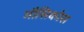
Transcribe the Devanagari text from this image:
मौसिकोस